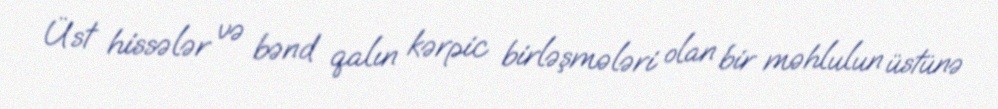
Üst hissələr və bənd qalın kərpic birləşmələri olan bir məhlulun üstünə